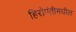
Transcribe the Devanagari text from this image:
हिरोपंतीमधील